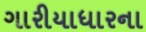
ગારીયાધારના